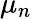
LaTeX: \mu_{n}